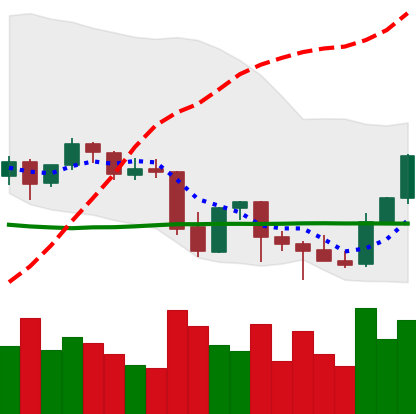
Ticker: BNB-USD
Chart end date: 2021-10-01
Forward return: 3.263%
Label: up_3_5